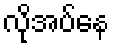
လိုအပ်နေ